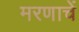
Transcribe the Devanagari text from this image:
मरणाचें